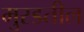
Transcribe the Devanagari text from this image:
मुरडतील